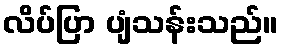
လိပ်ပြာ ပျံသန်းသည်။